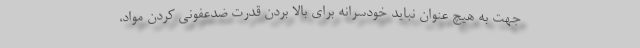
جهت به هیچ عنوان نباید خودسرانه برای بالا بردن قدرت ضدعفونی کردن مواد،